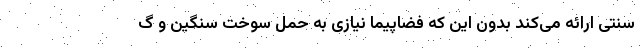
سنتی ارائه می‌کند بدون این که فضاپیما نیازی به حمل سوخت سنگین و گ